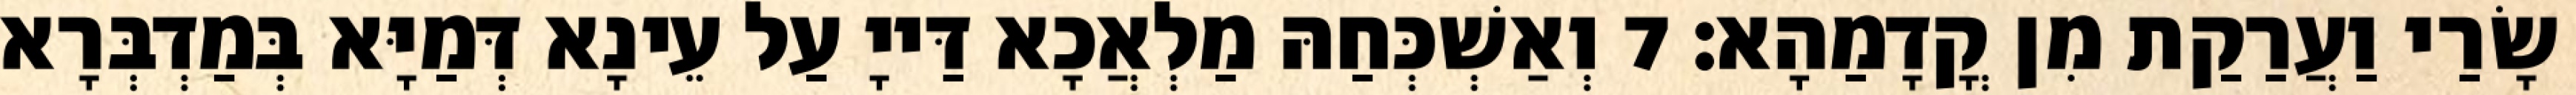
שָׂרַי וַעֲרַקַת מִן קֳדָמַהָא׃ 7 וְאַשְׁכְּחַהּ מַלְאֲכָא דַּייָ עַל עֵינָא דְּמַיָּא בְּמַדְבְּרָא